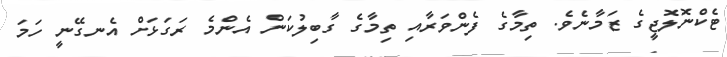
ޓެކްނޮލޮޖީގެ ޒަމާނެވެ. ތިމާގެ ފެންވަރާއި ތިމާގެ ގާބިލުކަން އެންމެ ރަގަޅަށް އެނގޭނީ ހަމަ